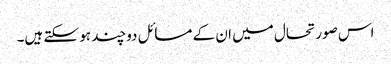
اس صورتحال میں ان کے مسائل دوچند ہو سکتے ہیں۔